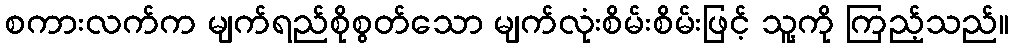
စကားလက်က မျက်ရည်စိုစွတ်သော မျက်လုံးစိမ်းစိမ်းဖြင့် သူ့ကို ကြည့်သည်။